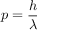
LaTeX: p = { \frac { h } { \lambda } }